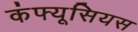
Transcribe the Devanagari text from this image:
कंफ्यूसियस